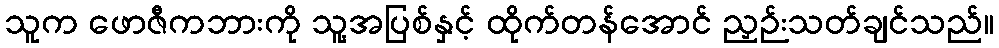
သူက ဖောဇီကဘားကို သူ့အပြစ်နှင့် ထိုက်တန်အောင် ညှဉ်းသတ်ချင်သည်။